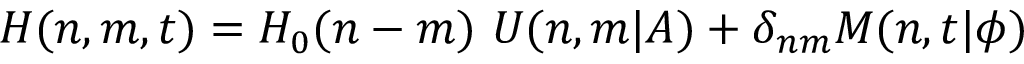
H ( n , m , t ) = H _ { 0 } ( n - m ) \ U ( n , m \vert A ) + \delta _ { n m } M ( n , t \vert \phi )